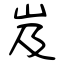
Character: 岌